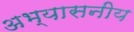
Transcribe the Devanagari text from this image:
अभ्यासनीय